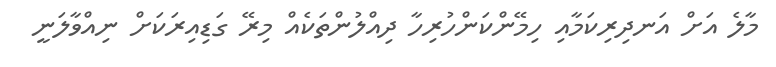
މާލެ އަށް އަނދިރިކަމާއި ހިމޭންކަންހުރިހާ ދިއްލުންތަކެއް މިރޭ ގަޑިއިރަކަށް ނިއްވާލަނީ